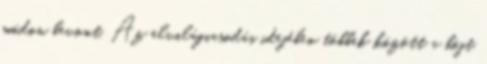
módon bevont. Az elvilágiasodás idejében többek között a böjt